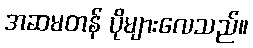
အဆမတန် ပိုများလေသည်။